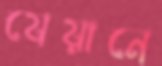
যেয়ানে